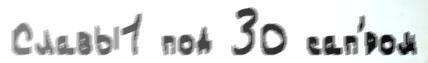
Славы1 под 30 сап'́ром